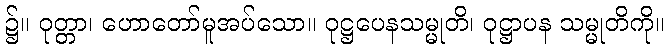
၌။ ဝုတ္တာ၊ ဟောတော်မူအပ်သော။ ဝုဋ္ဌပေနသမ္မုတိ၊ ဝုဋ္ဌာပန သမ္မုတိကို။